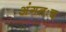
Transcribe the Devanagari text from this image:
अंगतःच